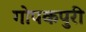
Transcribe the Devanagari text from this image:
गोपकपुरी